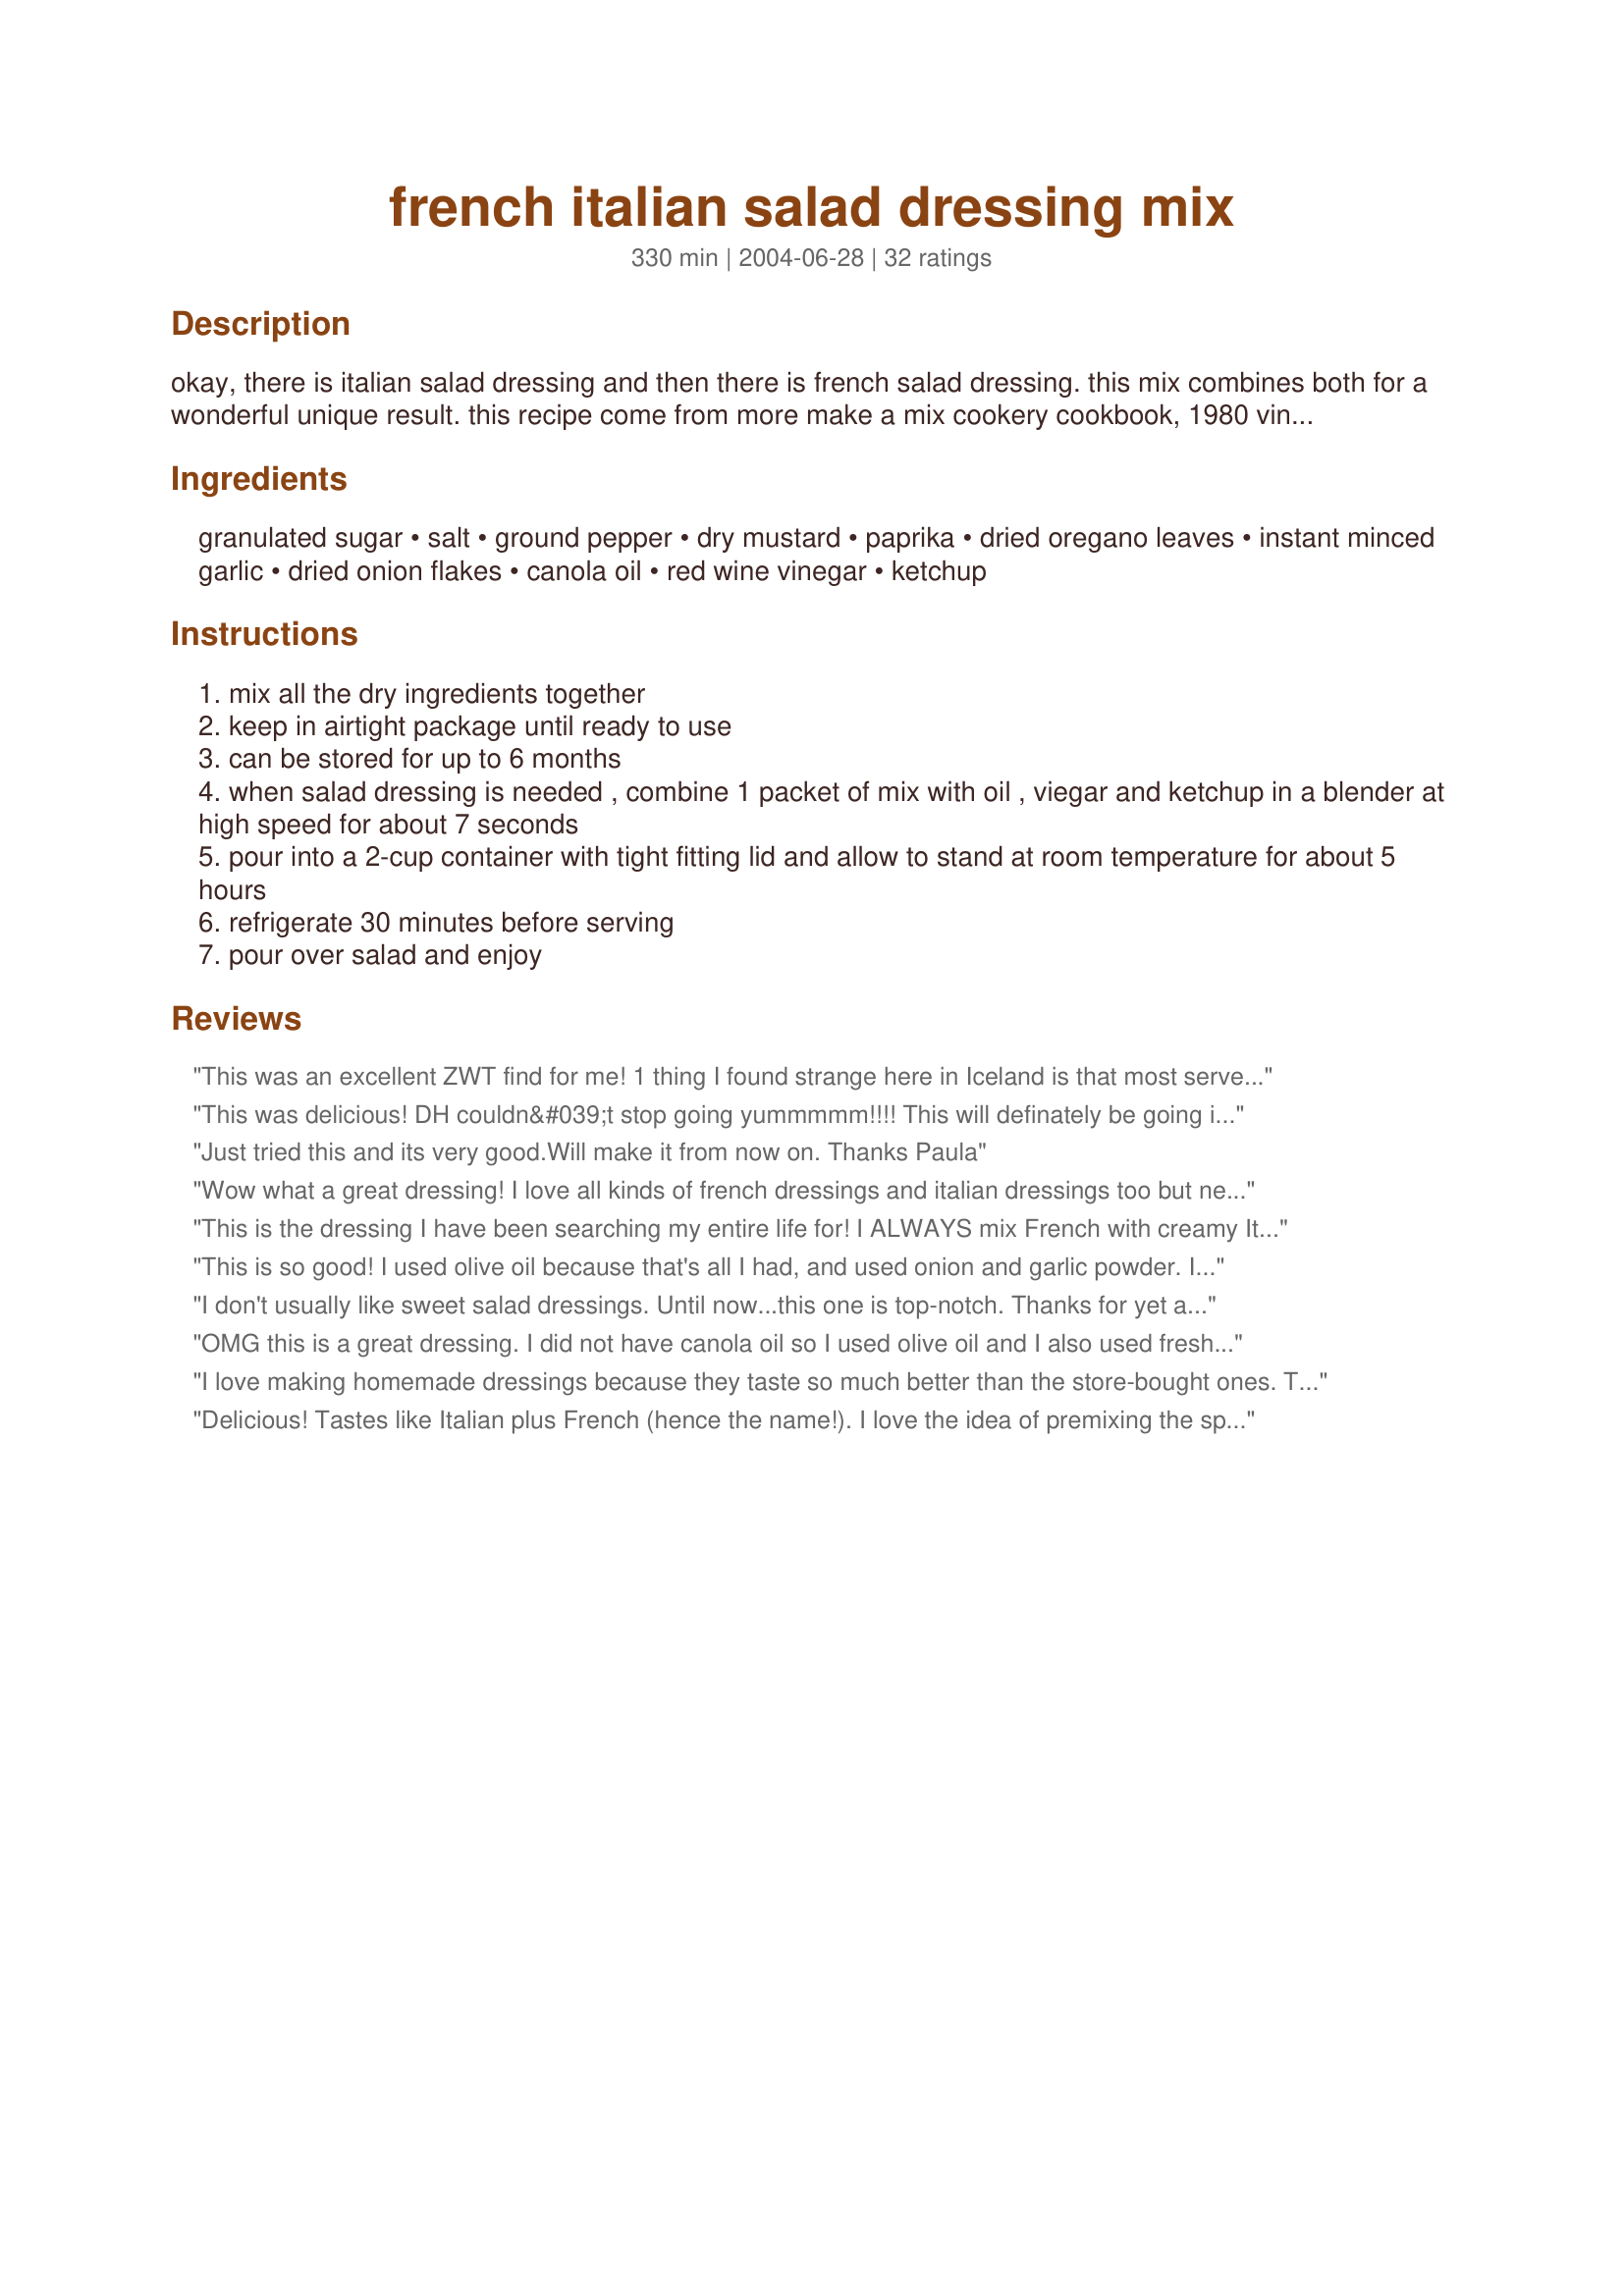
french italian salad dressing mix
Preparation time: 330 minutes

okay, there is italian salad dressing and then there is french salad dressing. this mix combines both for a wonderful unique result. this recipe come from more make a mix cookery cookbook, 1980 vintage.

Ingredients:
granulated sugar, salt, ground pepper, dry mustard, paprika, dried oregano leaves, instant minced garlic, dried onion flakes, canola oil, red wine vinegar, ketchup

Steps:
mix all the dry ingredients together
keep in airtight package until ready to use
can be stored for up to 6 months
when salad dressing is needed , combine 1 packet of mix with oil , viegar and ketchup in a blender at high speed for about 7 seconds
pour into a 2-cup container with tight fitting lid and allow to stand at room temperature for about 5 hours
refrigerate 30 minutes before serving
pour over salad and enjoy

Reviews:
This was an excellent ZWT find for me! 1 thing I found strange here in Iceland is that most serve & eat their salads UNDRESSED! I also found out why & the word is VERY! Their palates don't accept anything VERY sweet or tangy, so moderation was my goal & this worked. I prefer a dressing & this is 1 my DH also liked. Thx for posting a dressing solution for me!
This was delicious! DH couldn&#039;t stop going yummmmm!!!! This will definately be going into our rotation for dressing. Served over a green salad and along with recipe#388315#388315. Thank you for posting. Made for Spring PAC 2013.
Just tried this and its very good.Will make it from now on. Thanks Paula
Wow what a great dressing! I love all kinds of french dressings and italian dressings too but never thought about combining the two! I did use garlic powder & onion powder and it worked great. I'll be making up extra mix on hand for a quick fix when I need it!
This is the dressing I have been searching my entire life for! I ALWAYS mix French with creamy Italian, and this is it! I did add a touch of honey to it as DH likes sweeter dressings. We inhaled this along side of our steaks for dinner! I cannot wait to finish the rest and I will ALWAYS have the spice mix made up in the cupboard and ready to go! Very, very tasty!
This is so good! I used olive oil because that's all I had, and used onion and garlic powder. I ate it right away on a spinach salad, and it was delicious. I can't wait to eat it tomorrow, after the flavors have blended!
I don't usually like sweet salad dressings. Until now...this one is top-notch. Thanks for yet another super recipe, PaulaG. You have so many good ones.
OMG this is a great dressing. I did not have canola oil so I used olive oil and I also used fresh garlic. It was great. Will be making again.
I love making homemade dressings because they taste so much better than the store-bought ones. This was no exception. Really loved the unique combo of flavors.
Delicious! Tastes like Italian plus French (hence the name!). I love the idea of premixing the spices and whirring up in the blender in the morning. Thanks, Paula, for another yummy recipe!
This is AMAZING! Definitely a keeper! Thanks.
I would give you 10 stars if I could. Used Stevia sweetener instead of sugar, but otherwise left it as is. Perfect. Will enjoy this tonight for dinner and will put the recipe in the cookbook for future meals as well. Made for ZWT4.
We love, love, love this salad dressing! Great recipe.
I would give this recipe 10 stars if I could..This is the BEST salad dressing..Tangy and sweet..WONDERFUL...I made enought mix to fill a pint jar, and will always have it on hand..Thank U for this great recipe..
I really enjoyed this tonight on salad greens! Nice and thick and slightly sweet. Thanks Paula! Made for the Cookbook Tag.
Wonderful replacement for Catalina dressing! Great fresh flavor and not too sweet. It was late and I was tired, I just whisked everything together. I started with the seasonings, added the vinegar and blended in the ketchup and oil. It worked beautifully! Next time, I will use garlic and onion powder for a smoother texture. I also used my own homemade superfine sugar (processed in a grinder). PaulaG, thank you for a super post and thank you also for graciously answering my questions!
I did not make the dressing, but merely the mix. So far it looks pretty good. I will make the dressing as per instructions at a later date and then amend my review to include my opinion on that at that time, but judging by the other comments it is sure to be a real winner!
Loved this salad dressing! I did use Splenda rather than the sugar, and about half as much salt. Really, really good. TKS for the recipe. Lauralee
Wow! This is a great dressing. Made it use on our salad tonight with a casserole dish. I think I will probably have the mix handy for our salads, because it is so quick to put together. Thnx for posting PaulaG. Made for ZWT4.
Thick and delicious, this particular dressing is really great in a taco salad!
This is a very tasty dressing. Just what I've been looking for. It was a little too sweet for my tastes so next time I'm going to try it with less sugar.
I was a bit skeptical due to the ketchup in this recipe, but being a trooper I gave it shot. Wow! I'm so glad I decided to try this out. Made a lovely dressing for my lunchtime salad. I really enjoyed the blending of the two flavors to make one. I will be making this every so often when I need a change from ranch or bleu cheese. Mmmm!
Oh, Dear. I made this dressing to go on a salad with sliced steak, greens, tomatoes and green onions. I made it exactly except put in only 1 tablespoon of sugar rather than 3(!). It was still FAR too sweet. No wonder children like it! It was like candy! My teeth almost fell out before I went into a diabetic coma! Ketchup has a lot of sugar to begin with, that's why I cut back on the sugar in the recipe. PaulaG, not a slam on you. We obviously have different tastes. :)
I made this last night to have for salads, and I couldn't help myself from tasting a little. This is fabulous! I have recently discovered I like homemade french dressing, and the added spices really boost the flavor. Thank you!
I received a crute filled with all the dry ingredients for this wonderful salad dressing from PaulaG. All I had to do was add the "wet ingredients" and enjoy this tatsy dressing with my salad. This really makes a great gift to give to all your friends who are salad lovers. Easy to make and wonderful to eat. Thanks PaulaG.
Wonderful dressing! I will be making it a lot. We love it with bleu cheese crubles. Thanks for sharing!
just made this dressing & can already tell I'm gonna LOVE IT & it hasn't even rested for the 5 hours required. Only difference I made from recipe was to use walnut oil insead of canola. AWESOME! Thanks for posting! :)
Delicious! DD, the french dressing addict, even gave it 5 stars, and that's saying alot! Very easy to whip together. Only drawback is you can't enjoy it the minute you make it. But ooooh, it's worth the wait. Thanks! Made for ZWT3.
I just made this with Heinz 1 carb ketchup and 1 packet of stevia and it is sooooo good!!! Going to make plain salads so much easier to eat :)
This is a very nice dressing. Just the right sweet-tangy flavor.
I used Splenda, but other than that I followed the directions.
It has a nice pouring texture and I am serving it over sliced tomatoes for dinner. Thanks, Carole in Orlando
My kids are no longer "only ranch" salad dressing eaters! Delicious and very easy to make, my 8yr old mixed this up all by himself.
Awesome dressing for our Italian dinner salad. Definately a keeper. I added just a touch more vinegar cause I like more tang that sweet. This would go great on any salad. Thanks for posting
